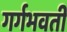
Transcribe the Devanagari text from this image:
गर्गभवती